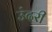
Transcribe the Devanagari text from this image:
उंदरी